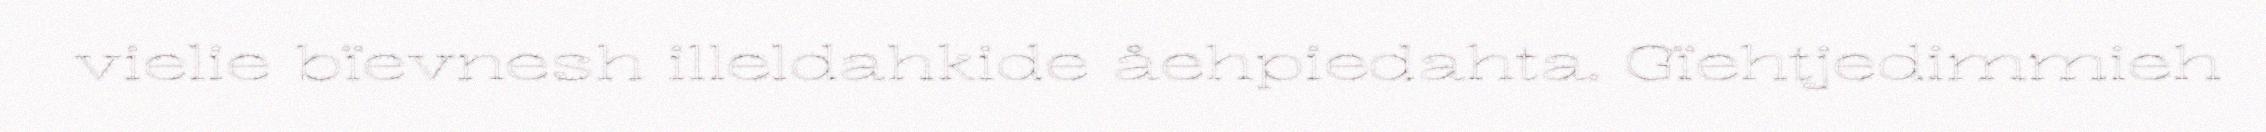
vielie bïevnesh illeldahkide åehpiedahta. Gïehtjedimmieh